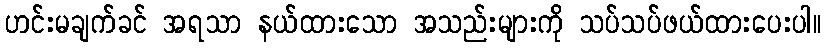
ဟင်းမချက်ခင် အရသာ နယ်ထားသော အသည်းများကို သပ်သပ်ဖယ်ထားပေးပါ။